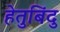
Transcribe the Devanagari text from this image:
हेतुबिंदु